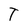
Character: T